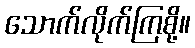
သောက်လိုက်ကြစို့။